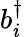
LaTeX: b_{i}^{\dagger}